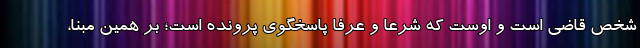
شخص قاضی است و اوست که شرعاً و عرفاً پاسخگوی پرونده است؛ بر همین مبنا،